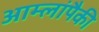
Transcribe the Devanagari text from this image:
आम्लांपैकी